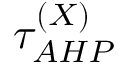
\tau _ { A H P } ^ { ( X ) }